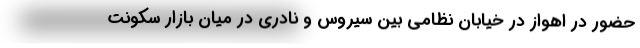
حضور در اهواز در خیابان نظامی بین سیروس و نادری در میان بازار سکونت